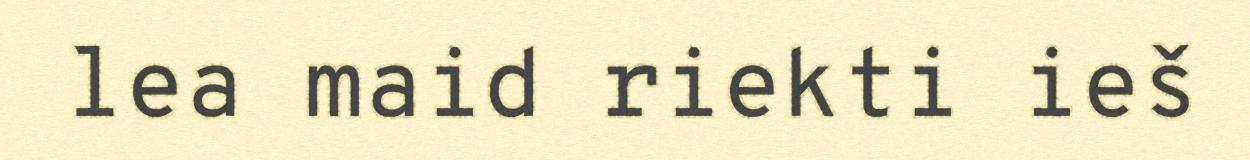
lea maid riekti ieš